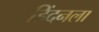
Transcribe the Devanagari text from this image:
हिंदनला